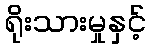
ရိုးသားမှုနှင့်